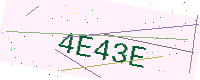
Text: 4E43E